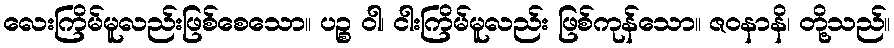
လေးကြိမ်မူလည်းဖြစ်စေသော။ ပဉ္စ ဝါ၊ ငါးကြိမ်မူလည်း ဖြစ်ကုန်သော။ ဇဝနာနိ၊ တို့သည်။